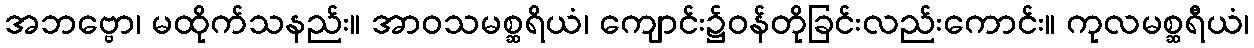
အဘဗ္ဗော၊ မထိုက်သနည်း။ အာဝသမစ္ဆရိယံ၊ ကျောင်း၌ဝန်တိုခြင်းလည်းကောင်း။ ကုလမစ္ဆရီယံ၊